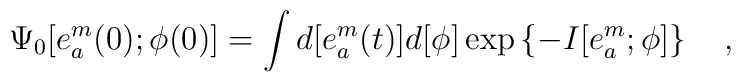
\Psi_0 [e^{m}_a (0) ; \phi(0) ] = \int d [ e^m_a (t)]d[ \phi ]    \exp \left \{ -I [e_a^m ; \phi ] \right \}\quad ,